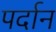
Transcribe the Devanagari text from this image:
पर्दान